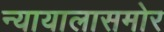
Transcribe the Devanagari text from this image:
न्यायालासमोर